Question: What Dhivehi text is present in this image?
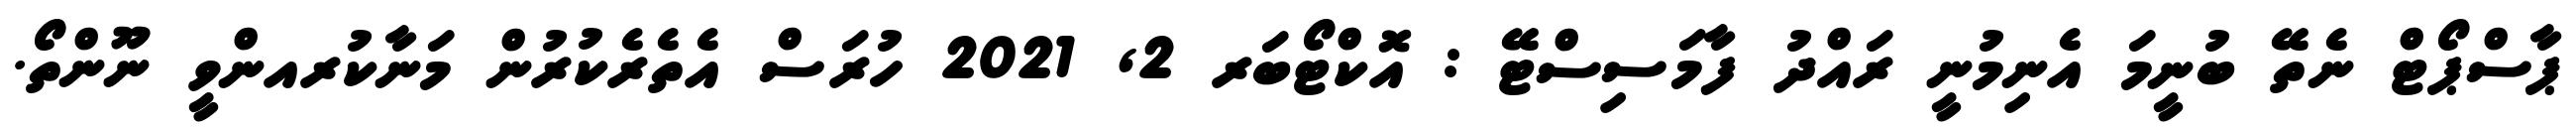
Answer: ޕާސްޕޯޓް ނެތޭ ބުނީމަ އެނިމުނީ ރައްދު ފާމަސިސްޓޭ : އޮކްޓޯބަރ 2, 2021 ހުރަސް އެތެރެކުރުން މަނާކުރއންވީ ނޫންތޯ.